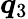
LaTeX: \boldsymbol{q}_{3}